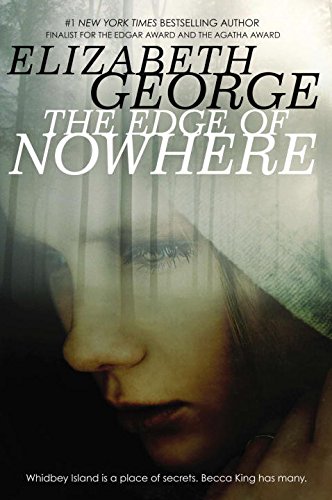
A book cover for The Edge of Nowhere; Elizabeth George; Teen & Young Adult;